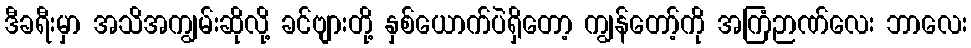
ဒီခရီးမှာ အသိအကျွမ်းဆိုလို့ ခင်ဗျားတို့ နှစ်ယောက်ပဲရှိတော့ ကျွန်တော့်ကို အကြံဉာဏ်လေး ဘာလေး